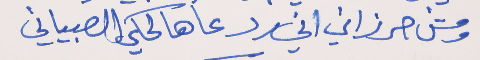
ومش حرزاني اني رد     عا هالحكي الصبياني